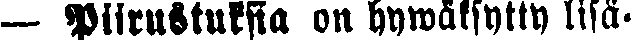
— Piirustuksia on hywäksytty lisä-